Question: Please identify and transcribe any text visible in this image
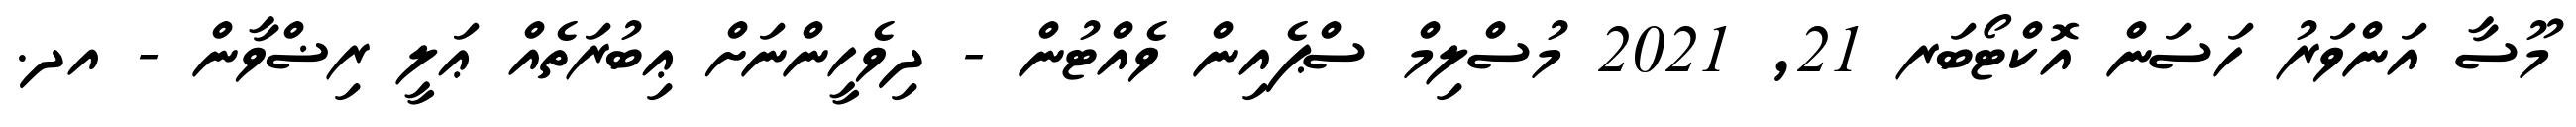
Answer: މޫސާ އަންވަރު ހަސަން އޮކްޓޯބަރ 21, 2021 މުސްލިމް ސްޕެއިން ވެއްޓުން - ދިވެހީންނަށް ޢިބުރަތެއް ޢަލީ ރިޟްވާން - އދ.